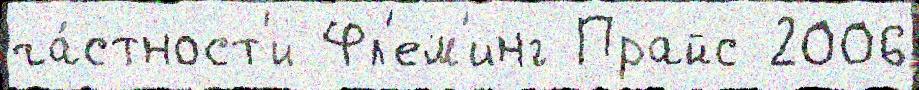
ча́стност'и Фл'ем'инг Прайс 2006